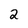
Character: 2